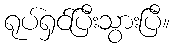
ရုပ်ရှင်ပြီးသွားပြီ။